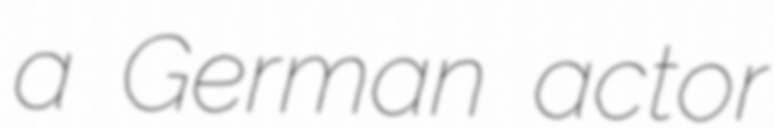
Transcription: a German actor